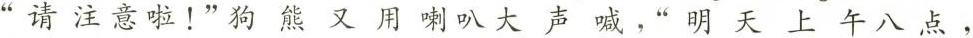
"请注意啦！”狗熊又用喇叭大声喊，”明天上午八点，